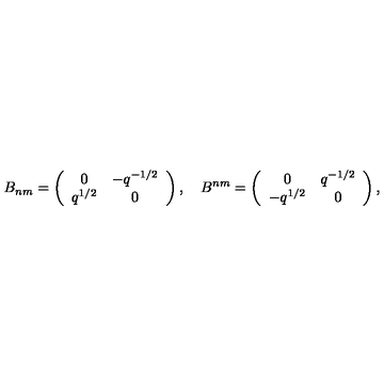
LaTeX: B _ { n m } = \left( \begin{array} { c c } { 0 } & { - q ^ { - 1 / 2 } } \\ { q ^ { 1 / 2 } } & { 0 } \\ \end{array} \right) , \quad B ^ { n m } = \left( \begin{array} { c c } { 0 } & { q ^ { - 1 / 2 } } \\ { - q ^ { 1 / 2 } } & { 0 } \\ \end{array} \right) , \,